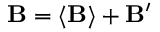
\mathbf { B } = \langle \mathbf { B } \rangle + \mathbf { B } ^ { \prime }